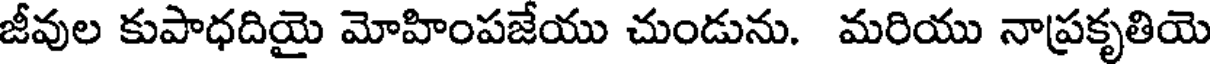
జీవుల కుపాధదియై మోహింపజేయు చుండును. మరియు నాప్రకృతియె